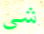
شي